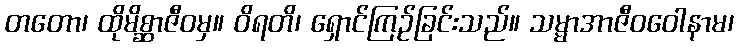
တတော၊ ထိုမိစ္ဆာဇီဝမှ။ ဝိရတိ၊ ရှောင်ကြဉ်ခြင်းသည်။ သမ္မာအာဇီဝဝေါနာမ၊